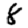
Digit: 8